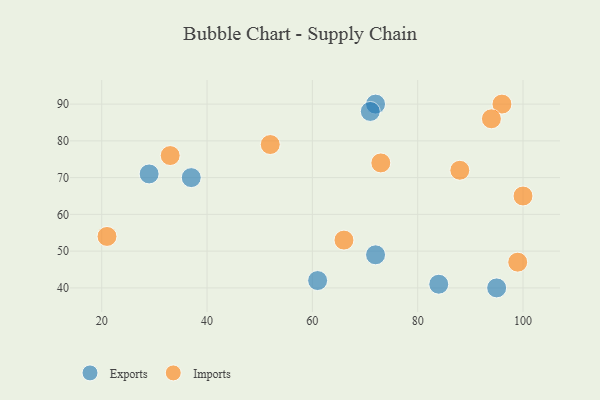
{"axis": {"x": "GDP", "y": "Life Expectancy"}, "legend": ["Exports", "Imports"], "data": [{"x": "72", "y": 90, "type": "Exports"}, {"x": "37", "y": 70, "type": "Exports"}, {"x": "84", "y": 41, "type": "Exports"}, {"x": "95", "y": 40, "type": "Exports"}, {"x": "72", "y": 49, "type": "Exports"}, {"x": "29", "y": 71, "type": "Exports"}, {"x": "71", "y": 88, "type": "Exports"}, {"x": "61", "y": 42, "type": "Exports"}, {"x": "73", "y": 74, "type": "Imports"}, {"x": "21", "y": 54, "type": "Imports"}, {"x": "33", "y": 76, "type": "Imports"}, {"x": "52", "y": 79, "type": "Imports"}, {"x": "66", "y": 53, "type": "Imports"}, {"x": "100", "y": 65, "type": "Imports"}, {"x": "99", "y": 47, "type": "Imports"}, {"x": "88", "y": 72, "type": "Imports"}, {"x": "96", "y": 90, "type": "Imports"}, {"x": "94", "y": 86, "type": "Imports"}]}